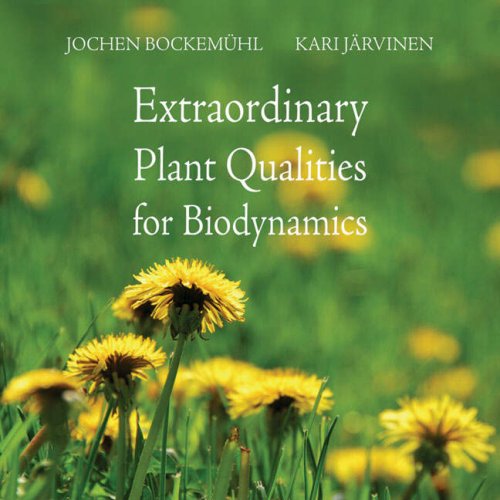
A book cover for Extraordinary Plant Qualities for Biodynamics; Jochen Bockemuhl; Crafts, Hobbies & Home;